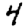
Digit: 4